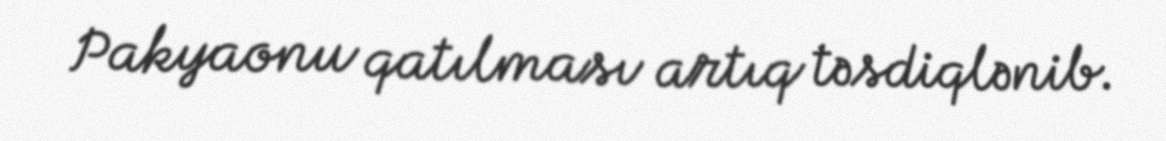
Pakyaonu qatılması artıq təsdiqlənib.